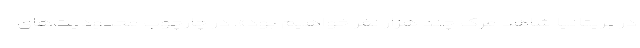
در بریتانیا شاهد مرگ چند هزار نفر خواهیم بود». در چارچوب محدودیت‌های